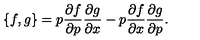
{ \{ f , g \} } = p \frac { \partial f } { \partial p } \frac { \partial g } { \partial x } - p \frac { \partial f } { \partial x } \frac { \partial g } { \partial p } .